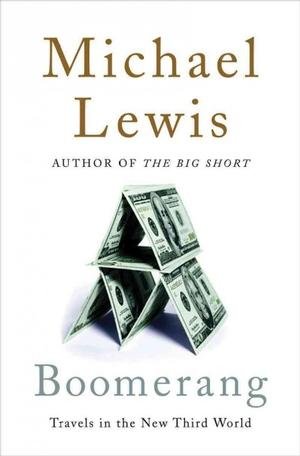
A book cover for Boomerang: Travels in the New Third World [ BOOMERANG: TRAVELS IN THE NEW THIRD WORLD BY Lewis, Michael ( Author ) Oct-03-2011; Michael Lewis (Author); Travel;